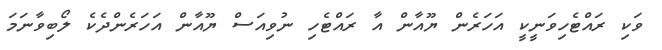
ވަކި ރައްޓެހިވަނީކީ އަހަރެން ޔޫއާން އާ ރައްޓެހި ނުވިއަސް ޔޫއާން އަހަރެންދެކެ ލޯބިވާނަމަ